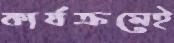
কার্যক্রমেই